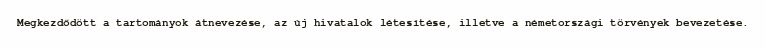
Megkezdődött a tartományok átnevezése, az új hivatalok létesítése, illetve a németországi törvények bevezetése.